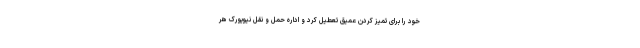
خود را برای تمیز کردن عمیق تعطیل کرد و اداره حمل و نقل نیویورک هر